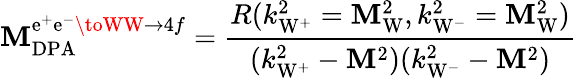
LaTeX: {\cal\mathbf{M}}_{\mathrm{{DPA}}}^{{\mathrm{{e^{+}e^{-}\toWW}}}\to4f}=\frac{{R(k_{\mathrm{{W}}^{+}}^{2}=\mathbf{M}_{\mathrm{W}}^{2},k_{\mathrm{{W}}^{-}}^{2}=\mathbf{M}_{\mathrm{W}}^{2})}}{{(k_{\mathrm{{W}}^{+}}^{2}-\mathbf{M}^{2})(k_{\mathrm{{W}}^{-}}^{2}-\mathbf{M}^{2})}}